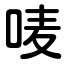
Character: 唛